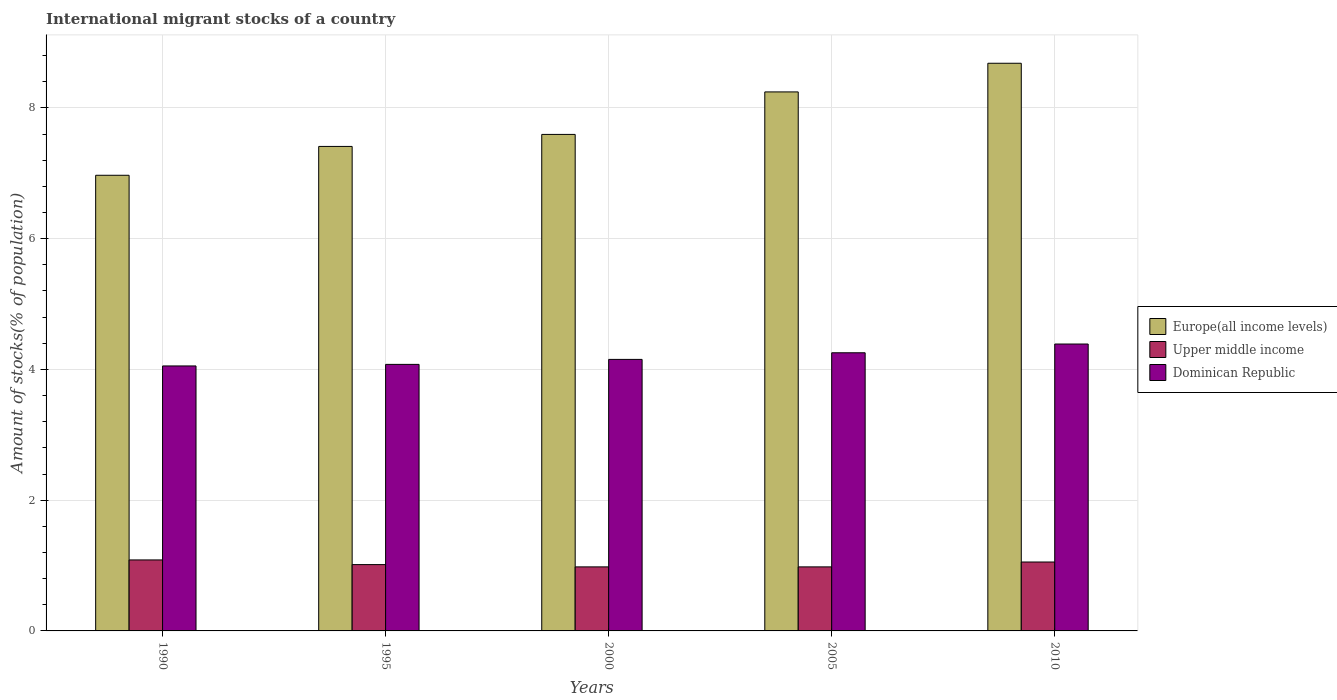
| Years | Europe(all income levels) | Upper middle income | Dominican Republic |
 | --- | --- | --- | --- |
 | 1990 | 6.97 | 1.09 | 4.05 |
 | 1995 | 7.41 | 1.01 | 4.08 |
 | 2000 | 7.59 | 0.979 | 4.15 |
 | 2005 | 8.24 | 0.979 | 4.25 |
 | 2010 | 8.68 | 1.05 | 4.39 |